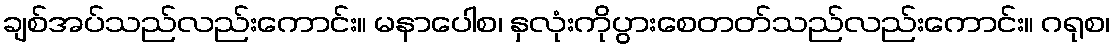
ချစ်အပ်သည်လည်းကောင်း။ မနာပေါစ၊ နှလုံးကိုပွားစေတတ်သည်လည်းကောင်း။ ဂရုစ၊